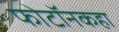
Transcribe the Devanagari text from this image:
फोटॉनकहा